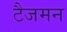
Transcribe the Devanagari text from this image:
टैजमन